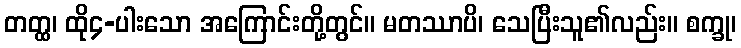
တတ္ထ၊ ထို၄-ပါးသော အကြောင်းတို့တွင်။ မတဿာပိ၊ သေပြီးသူ၏လည်း။ စက္ခု၊